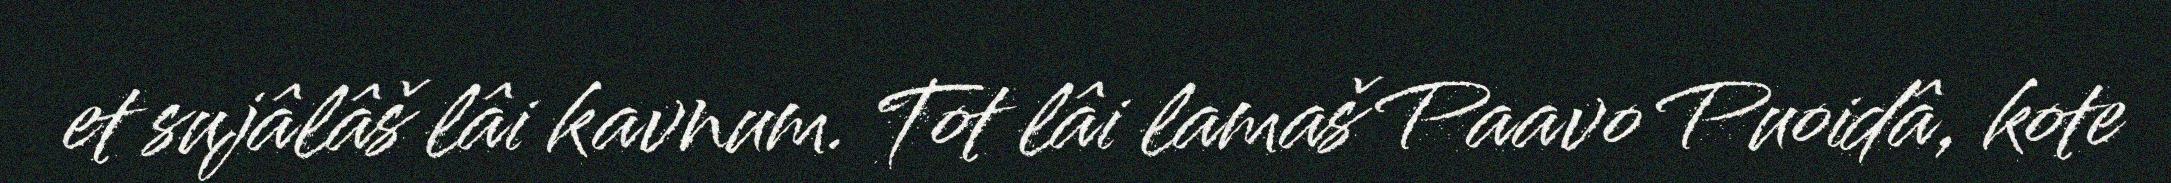
et sujâlâš lâi kavnum. Tot lâi lamaš Paavo Puoidâ, kote